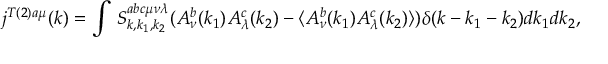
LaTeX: j ^ { T ( 2 ) a \mu } ( k ) = \int \, S _ { k , k _ { 1 } , k _ { 2 } } ^ { a b c \mu \nu \lambda } ( A _ { \nu } ^ { b } ( k _ { 1 } ) A _ { \lambda } ^ { c } ( k _ { 2 } ) - \langle A _ { \nu } ^ { b } ( k _ { 1 } ) A _ { \lambda } ^ { c } ( k _ { 2 } ) \rangle ) \delta ( k - k _ { 1 } - k _ { 2 } ) d k _ { 1 } d k _ { 2 } ,